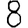
Digit: 8